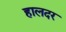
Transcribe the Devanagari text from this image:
हालदर